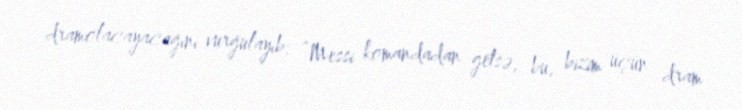
dramolacayacağını vurğulayıb: “Messi komandadan getsə, bu, bizim üçün dram